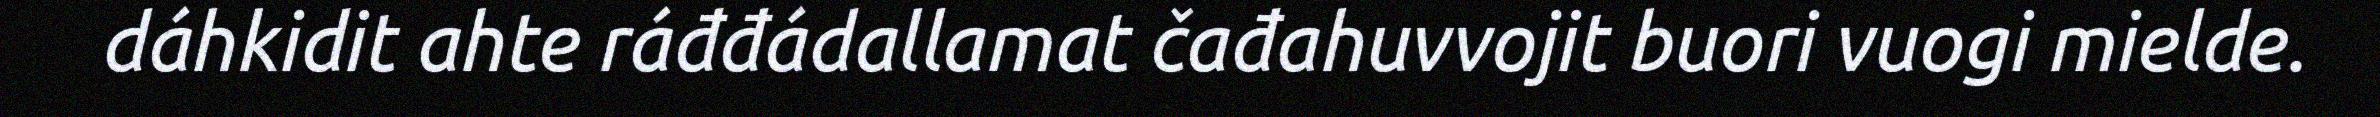
dáhkidit ahte ráđđádallamat čađahuvvojit buori vuogi mielde.